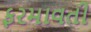
ફરમાવતી